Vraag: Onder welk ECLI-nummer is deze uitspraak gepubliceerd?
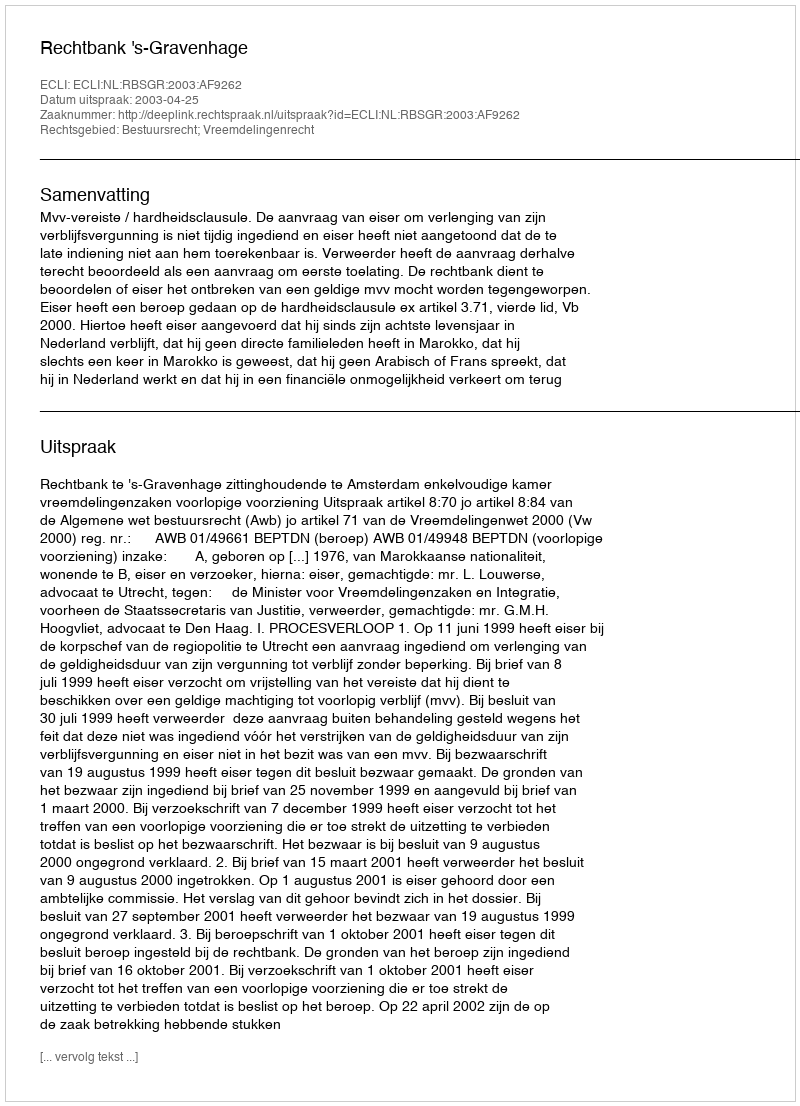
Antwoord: ECLI:NL:RBSGR:2003:AF9262